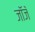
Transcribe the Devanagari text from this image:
जॉजॅ